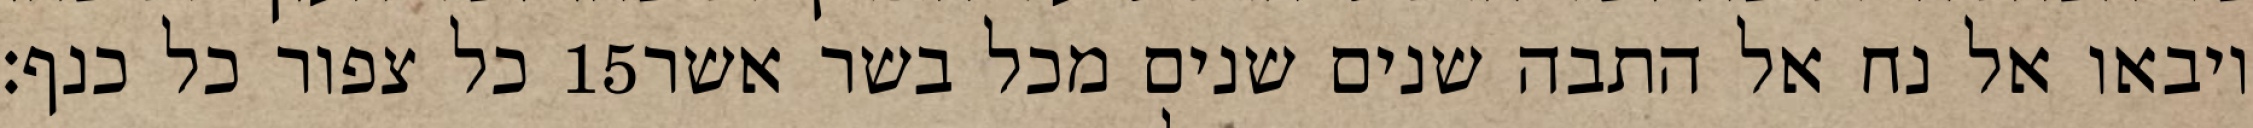
כל צפור כל כנף׃ ‎15‏ ויבאו אל נח אל התבה שנים שנים מכל בשר אשר